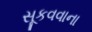
સૂકવવાના